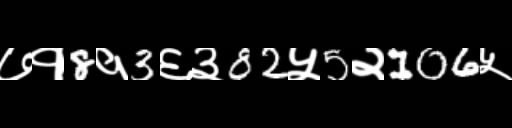
Text: ७१8१3६३82५5२106५